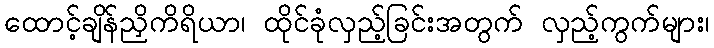
ထောင့်ချိန်ညှိကိရိယာ၊ ထိုင်ခုံလှည့်ခြင်းအတွက် လှည့်ကွက်များ၊